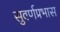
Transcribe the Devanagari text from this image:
सुवर्णप्रभास